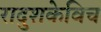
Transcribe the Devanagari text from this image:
रादुशकेविच